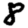
Digit: 8